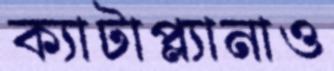
ক্যাটাপ্ল্যানাও